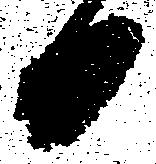
日